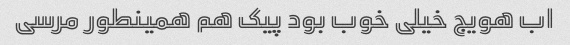
اب هویج خیلی خوب بود پیک هم همینطور مرسی